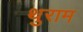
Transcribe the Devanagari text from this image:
थुराम